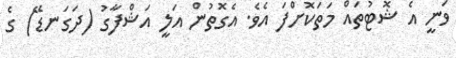
ވަނީ އެ ޝޮޓުތައް މަތަކޮށްފަ އެވެ. އެގޮތުން އަލީ އަޝްފާގު (ދަގަނޑޭ) ގެ